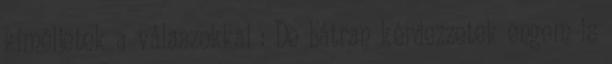
kíméljetek a válaszokkal : De bátran kérdezzetek engem is